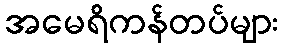
အမေရိကန်တပ်များ